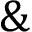
\&